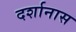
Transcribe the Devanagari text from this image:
दर्शानास